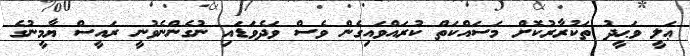
ޢަލީ ވަޙީދު ތަކުރާރުކޮށް މަސައްކަތް ކުރައްވައިގެން ވެސް ވަދެވަޑައި ނުގެންނެވުނީ ރައީސް ޔާމީނުގެ